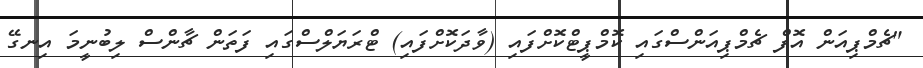
"ޗެމްޕިއަން އޮފް ޗެމްޕިއަންސްގައި ކޮމްޕީޓްކޮށްފައި (ވާދަކޮށްފައި) ޓްރަޔަލްސްގައި ފަތަން ޗާންސް ލިބުނީމަ އިނގޭ